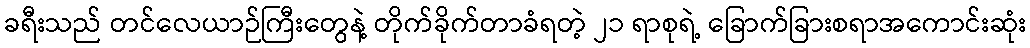
ခရီးသည် တင်လေယာဉ်ကြီးတွေနဲ့ တိုက်ခိုက်တာခံရတဲ့ ၂၁ ရာစုရဲ့ ခြောက်ခြားစရာအကောင်းဆုံး